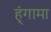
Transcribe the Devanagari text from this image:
ह्ंगामा